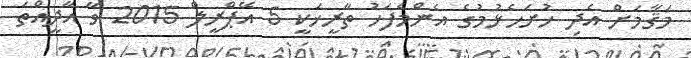
މަޤާމަށް އެދި ހުށަހެޅުމުގެ އެންމެފަހު ތާރީޚަކީ 5 އޭޕްރީލް 2015 ވާ އާދީއްތަ